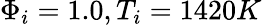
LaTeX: \Phi_{i}=1.0,T_{i}=1420K